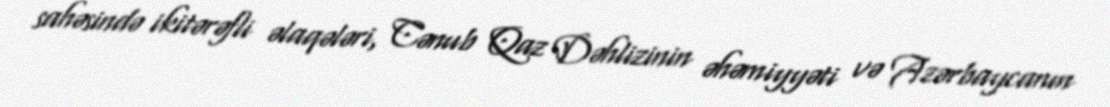
sahəsində ikitərəfli əlaqələri, Cənub Qaz Dəhlizinin əhəmiyyəti və Azərbaycanın